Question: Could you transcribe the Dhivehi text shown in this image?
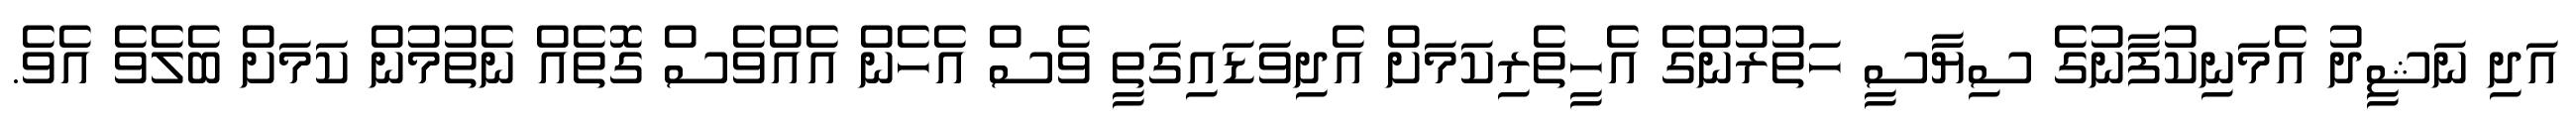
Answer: އަދި ނަޝީދު އެމަނިކުފާނުގެ ސިޔާސީ ހަތުރުންގެ އެހީތެރިކަމަށް އެދިވަޑައިގަތީ ވެސް އެހެން އެއްވެސް ގޮތެއް ނެތުމުން ކަމަށް ބެލެވެ އެވެ.